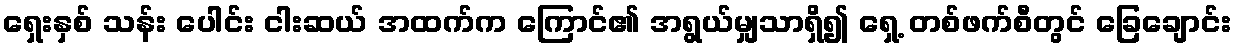
ရှေးနှစ် သန်း ပေါင်း ငါးဆယ် အထက်က ကြောင်၏ အရွယ်မျှသာရှိ၍ ရှေ့ တစ်ဖက်စီတွင် ခြေချောင်း